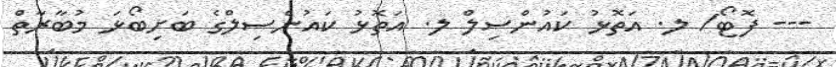
--- ފޮޓޯ/ ލ. އަތޮޅު ކައުންސިލް ލ. އަތޮޅު ކައުންސިލްގެ ބަށިބޯޅަ މުބާރާތް